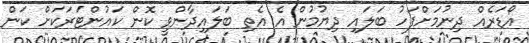
އޯޑަރެއް ދިނުމަށްފަހު ބަލައި ދިޔުމުން އެ އެތި ބަލައިދާންވީ ކޮން ކައުންޓަރަކަށް ކަން